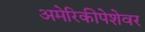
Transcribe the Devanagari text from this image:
अमेरिकीपेशेवर